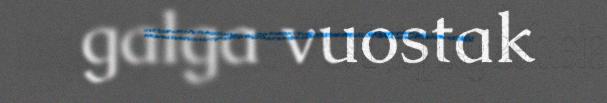
galga vuostak